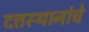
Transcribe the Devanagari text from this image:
दत्तस्थानांचे